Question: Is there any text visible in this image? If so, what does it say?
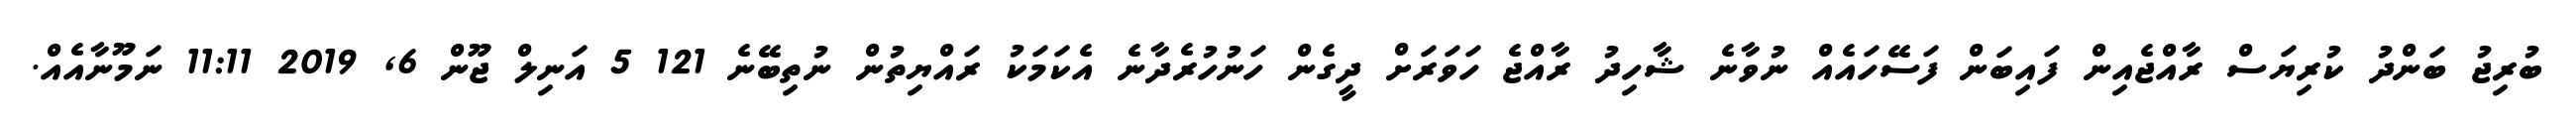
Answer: ބުރިޖު ބަންދު ކުރިޔަސް ރާއްޖެއިން ފައިބަން ފަސޭހައެއް ނުވާނެ ޝާހިދު ރާއްޖެ ހަވަރަށް ދީގެން ހަނުހުރެދާނެ އެކަމަކު ރައްޔިތުން ނުތިބޭނެ 121 5 އަނިލް ޖޫން 6, 2019 11:11 ނަމޫނާއެއް.